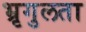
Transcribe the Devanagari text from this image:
भ्रृगुलता